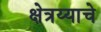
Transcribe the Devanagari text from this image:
क्षेत्रय्याचे